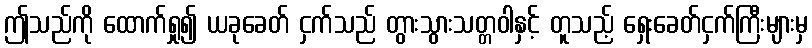
ဤသည်ကို ထောက်ရှု၍ ယခုခေတ် ငှက်သည် တွားသွားသတ္တဝါနှင့် တူသည့် ရှေးခေတ်ငှက်ကြီးများမှ